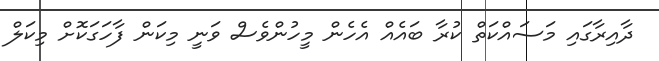
ދާއިރާގައި މަސައްކަތް ކުރާ ބައެއް އެހެން މީހުންވެސް ވަނީ މިކަން ފާހަގަކޮށް މިކަލް